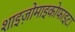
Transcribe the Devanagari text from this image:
शाइज़ोमाइकोफाइटा